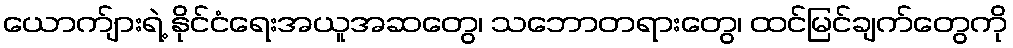
ယောက်ျားရဲ့ နိုင်ငံရေးအယူအဆတွေ၊ သဘောတရားတွေ၊ ထင်မြင်ချက်တွေကို